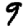
Digit: 9